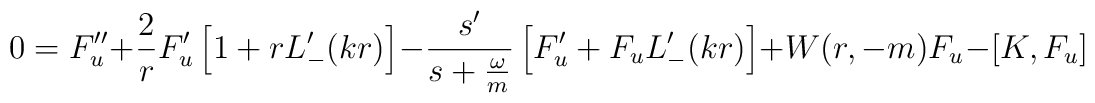
0=F_u^{\prime\prime}+\frac{2}{r}F_u^\prime    \left[1+rL_-^\prime(kr)\right]-\frac{s^\prime}{s+\frac{\omega}{m}}    \left[F_u^\prime+F_u L_-^\prime(kr)\right]    +W(r,-m) F_u -\left[K,F_u\right]